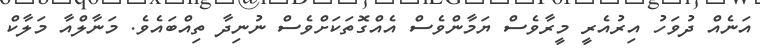
އަނެއް ދުވަހު އިރުއެރީ މީރާވެސް ޔަމާންވެސް އެއްގޮތަކަށްވެސް ނުނިދާ ތިއްބައެވެ. މަނާލްއާ މަލާކް